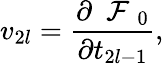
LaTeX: v_{2l}=\frac{\partial\mathrm{~\cal~F~}_{0}}{\partial t_{2l-1}},